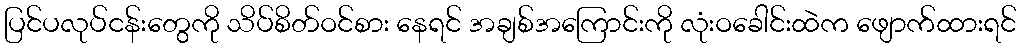
ပြင်ပလုပ်ငန်းတွေကို သိပ်စိတ်ဝင်စား နေရင် အချစ်အကြောင်းကို လုံးဝခေါင်းထဲက ဖျောက်ထားရင်